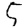
Digit: 5